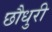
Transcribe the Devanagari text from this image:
छौधुरी